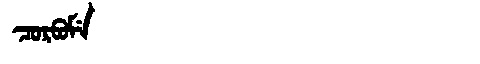
Manchu: ᠴᠣᡵᠪᠣᠮᡝ
Romanization: CORBOME